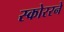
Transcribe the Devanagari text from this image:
स्कोररने